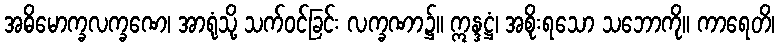
အဓိမောက္ခလက္ခဏေ၊ အာရုံသို့ သက်ဝင်ခြင်း လက္ခဏာ၌။ ဣန္ဒဋ္ဌံ၊ အစိုးရသော သဘောကို။ ကာရေတိ၊